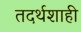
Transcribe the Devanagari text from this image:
तदर्थशाही